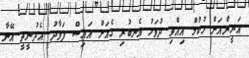
އަރީންއަށް ހުކުމް އިއްވި ދުވަހު އެނބުރި ގެއަށް އައިސް ފަވާދު އެދުނީތީ އޭނާ